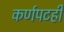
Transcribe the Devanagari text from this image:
कर्णपटही